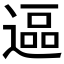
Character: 𮞷